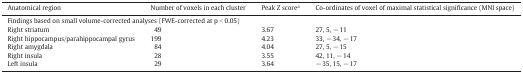
<table><thead><tr><td><b>Anatomical region</b></td><td><b>Number of voxels in each cluster</b></td><td><b>Peak Z scorea</b></td><td><b>Co-ordinates of voxel of maximal statistical significance (MNI space)</b></td></tr></thead><tbody><tr><td colspan="4">Findings based on small volume-corrected analyses (FWE-corrected at p &lt; 0.05)</td></tr><tr><td>Right striatum</td><td>49</td><td>3.67</td><td>27, 5, − 11</td></tr><tr><td>Right hippocampus/parahippocampal gyrus</td><td>199</td><td>4.23</td><td>33, − 34, − 17</td></tr><tr><td>Right amygdala</td><td>84</td><td>4.04</td><td>27, 5, − 15</td></tr><tr><td>Right insula</td><td>28</td><td>3.55</td><td>42, 11, − 14</td></tr><tr><td>Left insula</td><td>29</td><td>3.64</td><td>− 35, 15, − 17</td></tr></tbody></table>